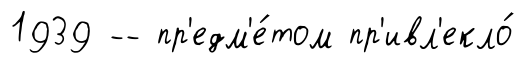
1939 -- пр'едм'е́том пр'ивл'екло́